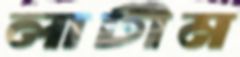
লাটীম